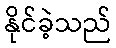
နိုင်ခဲ့သည်